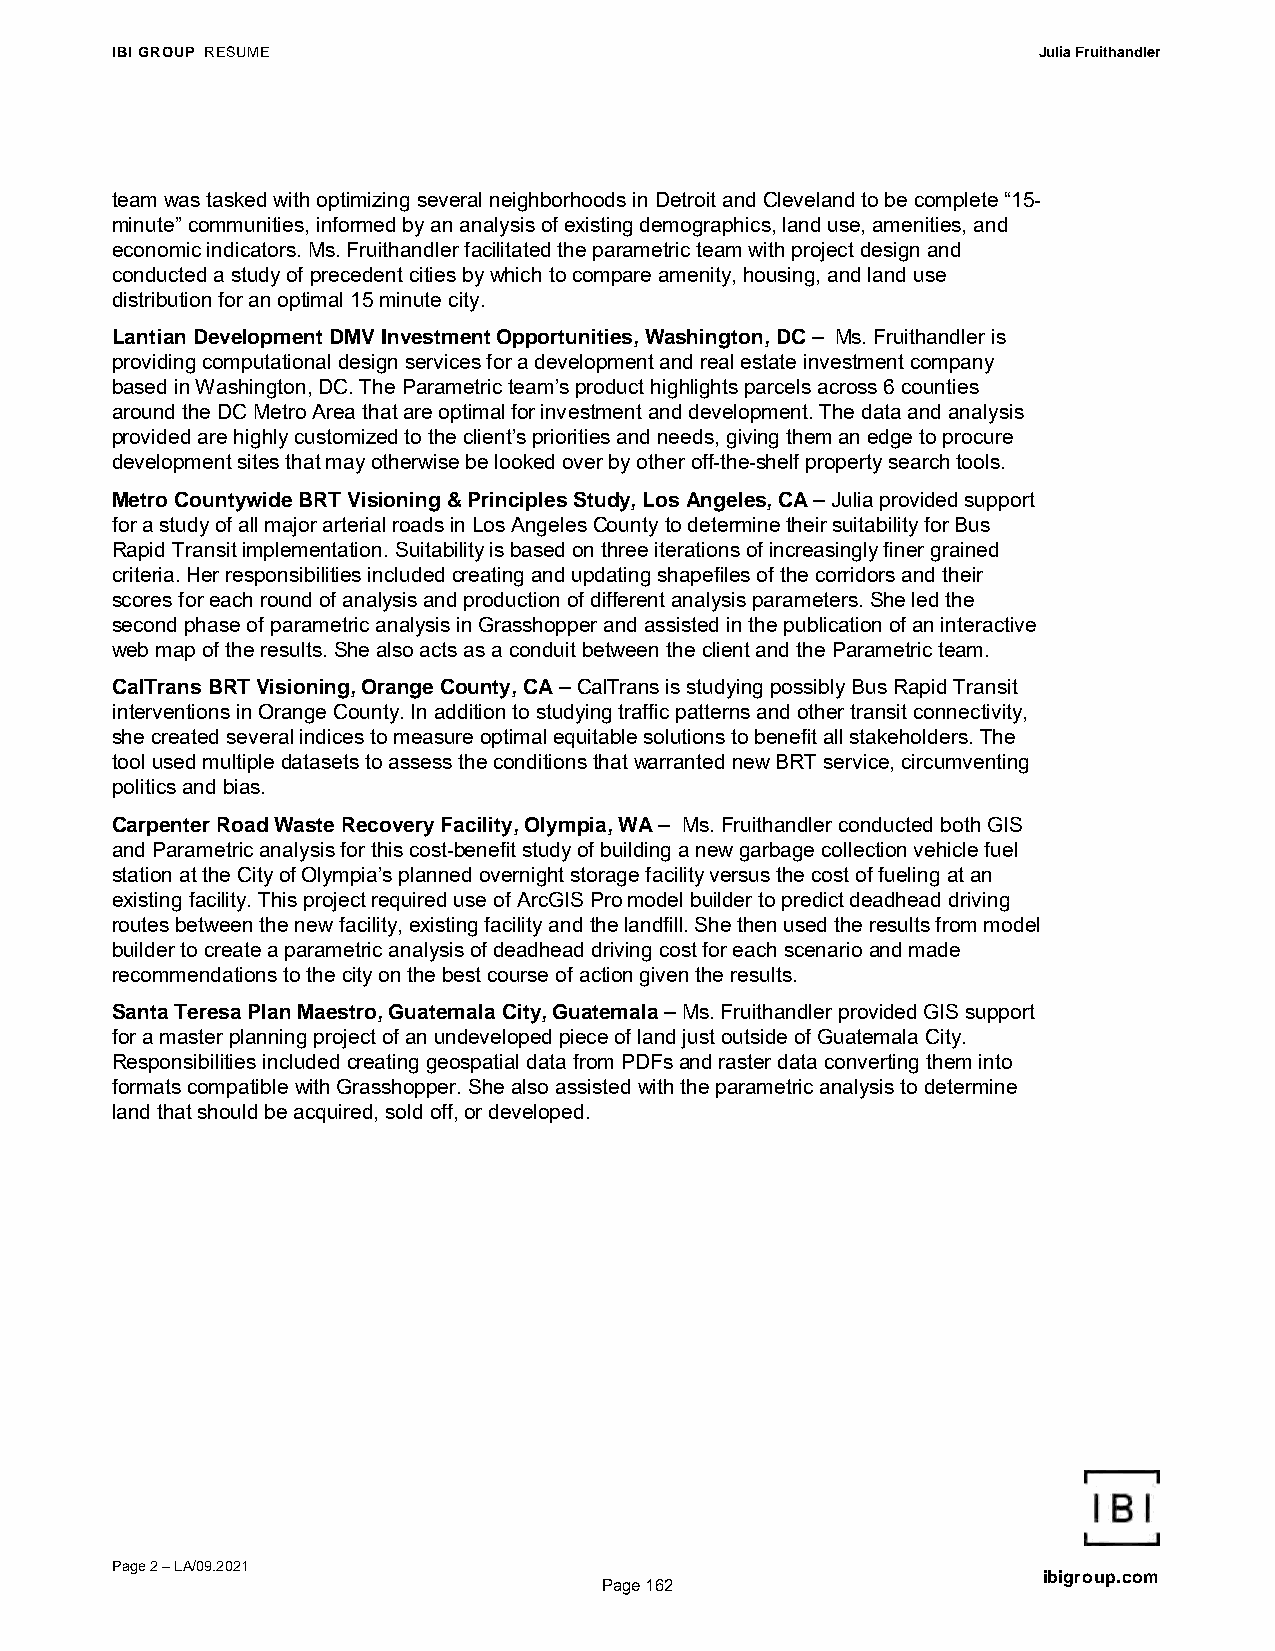
IBI GROUP RESUME                                              Julia Fruithandler
 team was tasked with optimizing several neighborhoods in Detroit and Cleveland to be complete “15-
 minute” communities, informed by an analysis of existing demographics, land use, amenities, and
 economic indicators. Ms. Fruithandler facilitated the parametric team with project design and
 conducted a study of precedent cities by which to compare amenity, housing, and land use
 distribution for an optimal 15 minute city.
 Lantian Development DMV Investment Opportunities, Washington, DC – Ms. Fruithandler is
 providing computational design services for a development and real estate investment company
 based in Washington, DC. The Parametric team’s product highlights parcels across 6 counties
 around the DC Metro Area that are optimal for investment and development. The data and analysis
 provided are highly customized to the client’s priorities and needs, giving them an edge to procure
 development sites that may otherwise be looked over by other off-the-shelf property search tools.
 Metro Countywide BRT Visioning & Principles Study, Los Angeles, CA – Julia provided support
 for a study of all major arterial roads in Los Angeles County to determine their suitability for Bus
 Rapid Transit implementation. Suitability is based on three iterations of increasingly finer grained
 criteria. Her responsibilities included creating and updating shapefiles of the corridors and their
 scores for each round of analysis and production of different analysis parameters. She led the
 second phase of parametric analysis in Grasshopper and assisted in the publication of an interactive
 web map of the results. She also acts as a conduit between the client and the Parametric team.
 CalTrans BRT Visioning, Orange County, CA – CalTrans is studying possibly Bus Rapid Transit
 interventions in Orange County. In addition to studying traffic patterns and other transit connectivity,
 she created several indices to measure optimal equitable solutions to benefit all stakeholders. The
 tool used multiple datasets to assess the conditions that warranted new BRT service, circumventing
 politics and bias.
 Carpenter Road Waste Recovery Facility, Olympia, WA – Ms. Fruithandler conducted both GIS
 and Parametric analysis for this cost-benefit study of building a new garbage collection vehicle fuel
 station at the City of Olympia’s planned overnight storage facility versus the cost of fueling at an
 existing facility. This project required use of ArcGIS Pro model builder to predict deadhead driving
 routes between the new facility, existing facility and the landfill. She then used the results from model
 builder to create a parametric analysis of deadhead driving cost for each scenario and made
 recommendations to the city on the best course of action given the results.
 Santa Teresa Plan Maestro, Guatemala City, Guatemala – Ms. Fruithandler provided GIS support
 for a master planning project of an undeveloped piece of land just outside of Guatemala City.
 Responsibilities included creating geospatial data from PDFs and raster data converting them into
 formats compatible with Grasshopper. She also assisted with the parametric analysis to determine
 land that should be acquired, sold off, or developed.
 Page 2 – LA/09.2021
 ibigroup.com
 Page 162